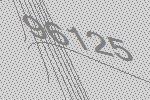
96125